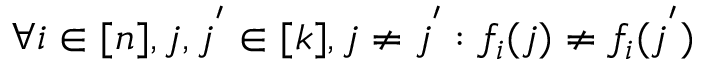
\forall i \in [ n ] , j , j ^ { ' } \in [ k ] , j \neq j ^ { ' } : f _ { i } ( j ) \neq f _ { i } ( j ^ { ' } )